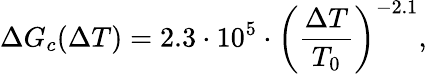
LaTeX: \Delta G_{c}(\Delta T)=2.3\cdot 10^{5}\cdot\left(\frac{\Delta T}{T_{0}}\right)^{-2.1},